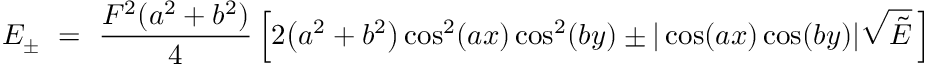
E _ { \pm } \ = \ \frac { F ^ { 2 } ( a ^ { 2 } + b ^ { 2 } ) } { 4 } \left[ 2 \big ( a ^ { 2 } + b ^ { 2 } \big ) \cos ^ { 2 } ( a x ) \cos ^ { 2 } ( b y ) \pm | \cos ( a x ) \cos ( b y ) | \sqrt { \tilde { E } } \, \right]